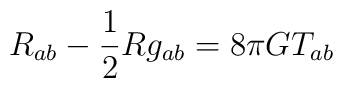
R_{ab} - \frac{1}{2} R g_{ab} = 8\pi GT_{ab}